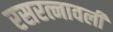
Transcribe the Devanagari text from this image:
रसरत्नावली